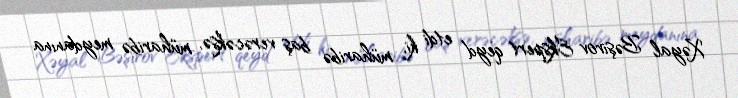
Xəyal Bəşirov Ekspert qeyd etdi ki, müharibə baş verəcəksə, müharibə meydanına